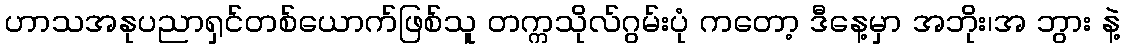
ဟာသအနုပညာရှင်တစ်ယောက်ဖြစ်သူ တက္ကသိုလ်ဂွမ်းပုံ ကတော့ ဒီနေ့မှာ အဘိုး၊အ ဘွား နဲ့